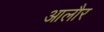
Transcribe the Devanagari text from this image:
आलौर